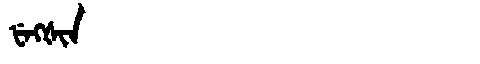
Manchu: ᡶᡝᡴᡧᡳᠨ
Romanization: FEKŠIN